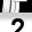
Digit: 2